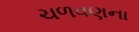
ચળવણના